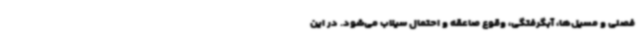
فصلی و مسیل‌ها، آبگرفتگی، وقوع صاعقه و احتمال سیلاب می‌شود. در این